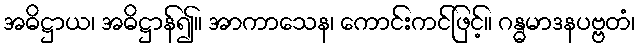
အဓိဋ္ဌာယ၊ အဓိဋ္ဌာန်၍။ အာကာသေန၊ ကောင်းကင်ဖြင့်။ ဂန္ဓမာဒနပဗ္ဗတံ၊